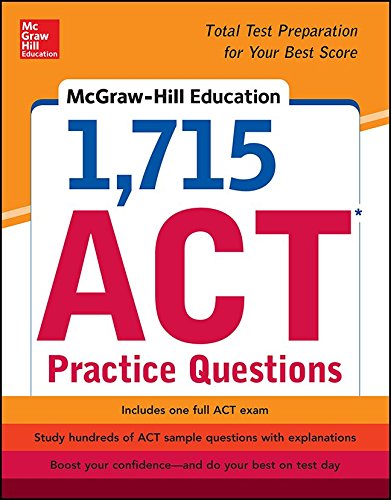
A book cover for McGraw-Hill Education 1,715 ACT Practice Questions; Drew Johnson; Test Preparation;